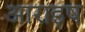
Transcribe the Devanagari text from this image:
आराइष